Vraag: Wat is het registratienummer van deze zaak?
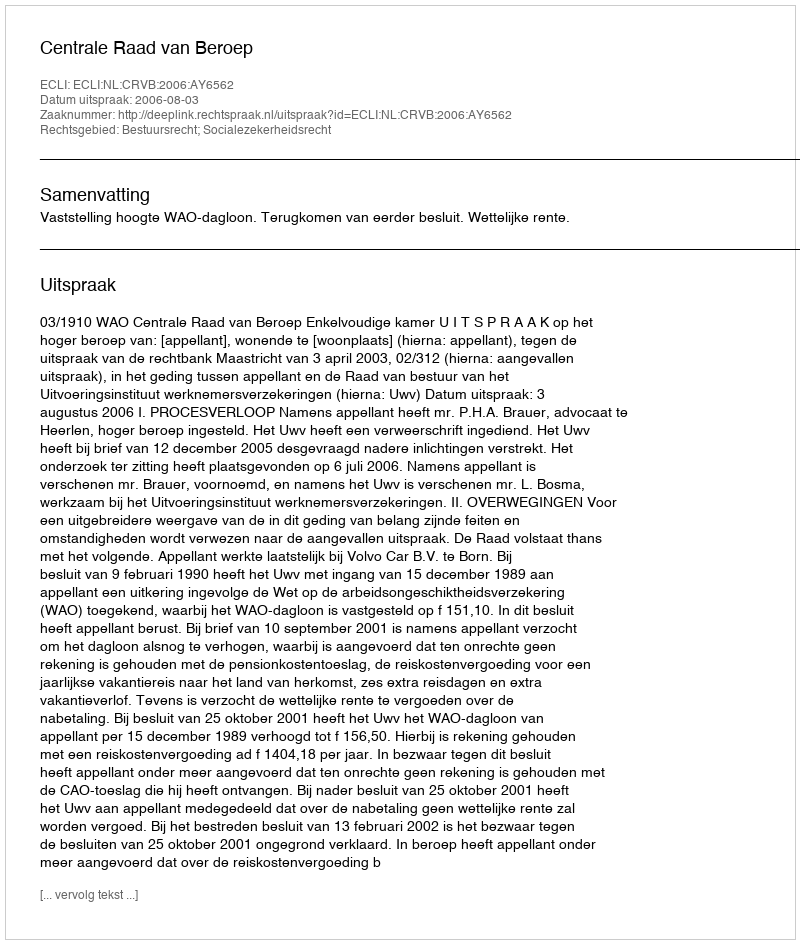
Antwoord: http://deeplink.rechtspraak.nl/uitspraak?id=ECLI:NL:CRVB:2006:AY6562